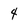
Character: 4